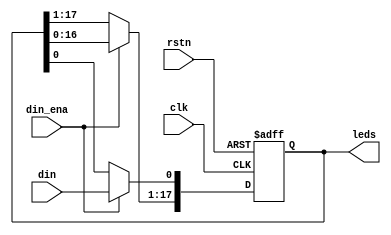
`timescale 1ns / 1ps
//////////////////////////////////////////////////////////////////////////////////
// Company: 
// Engineer: 
// 
// Design Name: 
// Module Name: LEDs_Line
// Project Name: 
// Target Devices: 
// Tool Versions: 
// Description: 
// 
// Dependencies: 
// 
// Revision:
// Revision 0.01 - File Created
// Additional Comments:
// 
//////////////////////////////////////////////////////////////////////////////////


module LEDs_Line #(
    parameter WORD_WIDTH = 18,
    parameter T_WIDTH = 10000)
    (
    input clk,
    input rstn,
    input din,
    input din_ena,
    output [WORD_WIDTH-1:0] leds
    );
    //reg [WORD_WIDTH-1:0] leds_reg;
    reg [WORD_WIDTH-1:0] din_L18;
//    reg [15:0] tcnt;
   // reg din_L1;
   // reg [7:0] bcnt;
    assign leds = din_L18;
    always @(posedge clk or negedge rstn) begin
        if (!rstn) begin
            //din_L1 <= 0;
            din_L18 <=18'd0;
        end
        else begin
            if (din_ena) begin
                din_L18[WORD_WIDTH-1:1] <= din_L18[WORD_WIDTH-2:0];
                din_L18[0] <=din;
            end
        end
    end
    
//    always @(posedge clk or negedge rstn) begin
//        if (!rstn) begin
//            tcnt <= 16'd0;
//            //bcnt <= 8'd0;
//            leds_reg <= 18'd0;
//        end else begin
//            if (tcnt == 16'hFFFF) begin
//                tcnt <= 16'd0;
//                    leds_reg <= din_L18;
//                    //bcnt <= bcnt + 8'd1; 
//            end else
//                tcnt <= tcnt + 16'd1;
//                leds_reg <= leds_reg;
//        end 
//    end

    
endmodule